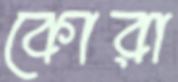
কোরা